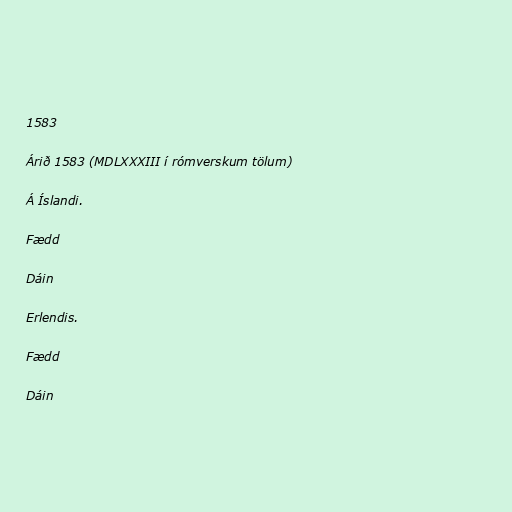
1583

Árið 1583 (MDLXXXIII í rómverskum tölum)

Á Íslandi.

Fædd

Dáin

Erlendis.

Fædd

Dáin